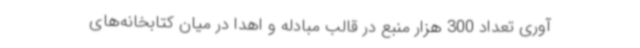
آوری تعداد 300 هزار منبع در قالب مبادله و اهدا در میان کتابخانه‌های